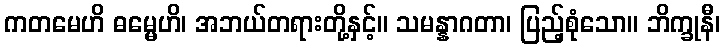
ကတမေဟိ ဓမ္မေဟိ၊ အဘယ်တရားတို့နှင့်။ သမန္နာဂတာ၊ ပြည့်စုံသော။ ဘိက္ခုနီ၊